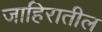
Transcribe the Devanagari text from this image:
जाहिरातील